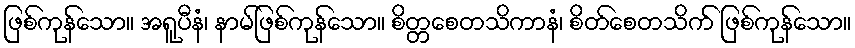
ဖြစ်ကုန်သော။ အရူပီနံ၊ နာမ်ဖြစ်ကုန်သော။ စိတ္တစေတသိကာနံ၊ စိတ်စေတသိက် ဖြစ်ကုန်သော။